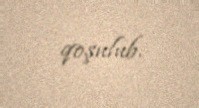
qoşulub.